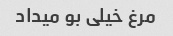
مرغ خیلی بو میداد